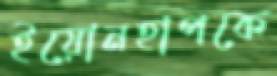
ইয়োনহাপকে